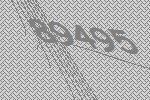
89495